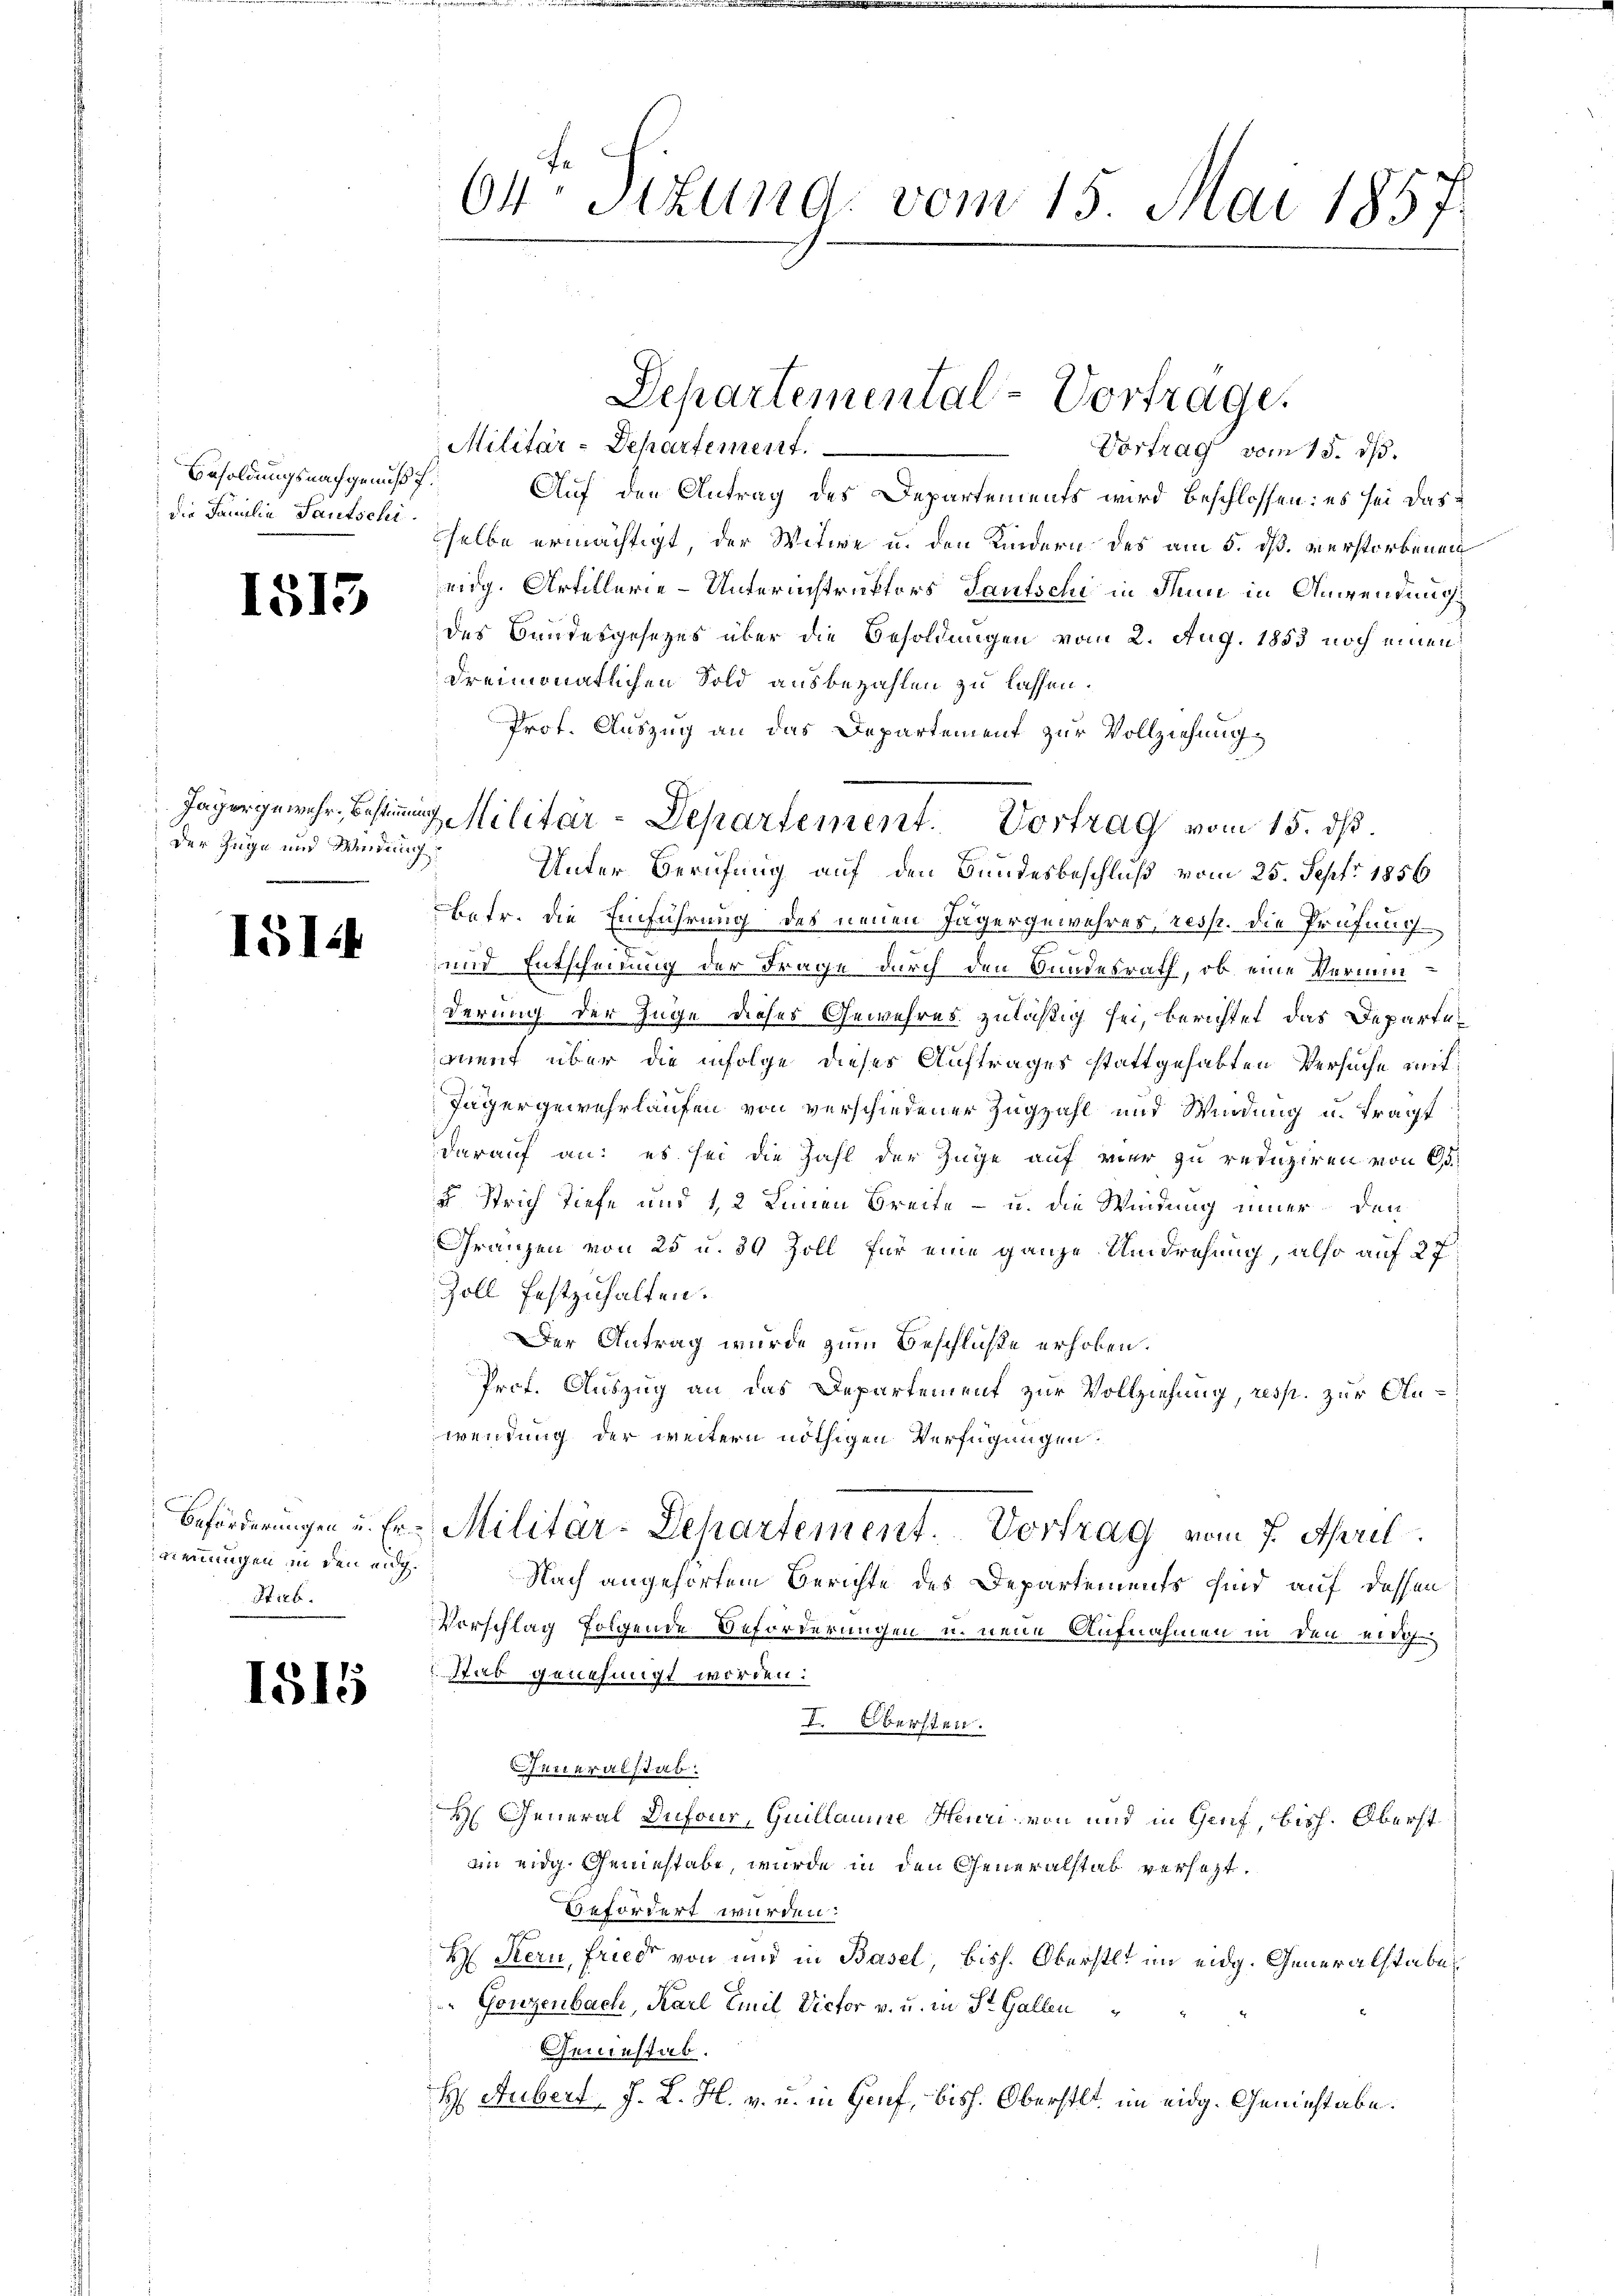
Besoldungsnachgenuß f.
die Familie Sautschi

1515

der Zuge und Windung

1514

ninnungen in den eidg.
Stirb

1515

Militär-Dehartement.
Vortrag vom 15. ds.
Auf den Antrag des Departements wird beschlossen: es sei dasselbe ermächtigt, der Witwe u. den Kindern des am 5. dß. verstorbenen
eidg. Artillerie-Unternistruktors Taufschi in denn in Anwendung
des Bundesgesezes über die Besoldungen vom 2. Aug. 1853 noch einen
dreimonatlichen Sold ausbezahlen zu lassen.
Prot. Auszug an das Departement zur Vollziehung
Unter Berufung auf den Bundesbeschluß vom 25. Sept. 1856
betr. die Einführung des neuen Jugergewehres, resp. die Prüfung
und Entscheidung der Frage durch den Bundesrath, ob eine Verminderung der Zuge dieses Gewehres zuläßig sei, berichtet das Departeanmut über die infolge dieses Auftrages stattgehabten Versuche mit
Jägergewehrlaufen von verschiedener Zugzahl und Wendung u. tragt
darauf an: es sei die Zahl der Züge auf vier zu reduziren von 25.
u Strich Tiefe und 12 Leinen Breite - u. die Windung einer den
Franzen von 25 u. 39 Zoll für eine ganze Umdrehung, also auf 27
Zoll festzuhalten.
Der Antrag wurde zum Beschlüße erhoben.
Prof. Auszug an das Departement zur Vollziehung, resp. zur Anwendung der weitern nöthigen Verfügungen.
Beförderungen u. Er Militär-Departement. Vortrag vom 7. April
Nach angehörtem Berichte des Departements sind auf dessen
Vorschlag folgende Beförderungen u. neue Aufnahmen in den nich
Stab genehmigt worden:
I. Obersten.
uneralstab.
H General Dufour, Guillaume Henri von und in Genf, bish. Oberst
an eidg. Geniestabe, wurde in den Generalstab versezt.
Befördert wurden.
H Kern, Fried von und in Basel, bish. Oberstl. im eidg. Generalstabe
 Gonzenbach, Karl Emil Victor v. u. in St. Gallen
Geiestab.
H Gubert J. L. H. v. u. in Genf, bish. Oberstet im eidg. Geniestabe.

64te Situng vom 15. Mai 1857.

7
Jagergemehr bestig Militar-Departement. Vortrag vom 15. ds.

Departemental-Vortrage.